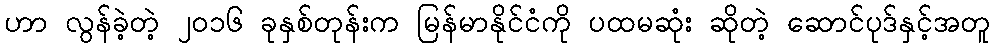
ဟာ လွန်ခဲ့တဲ့ ၂၀၁၆ ခုနှစ်တုန်းက မြန်မာနိုင်ငံကို ပထမဆုံး ဆိုတဲ့ ဆောင်ပုဒ်နှင့်အတူ